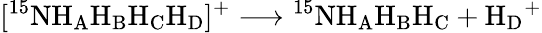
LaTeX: [^{15}\mathrm{NH_{A}H_{B}H_{C}H_{D}}]^{+}\longrightarrow\mathrm{^{15}NH_{A}H_{B}H_{C}}+\mathrm{H_{D}}^{+}